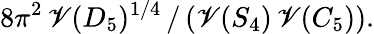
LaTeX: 8\pi^{2}\, \mathscr{V}(D_{5})^{1/4}\, /\, (\mathscr{V}(S_{4})\, \mathscr{V}(C_{5})).